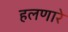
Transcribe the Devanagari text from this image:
हलणारे